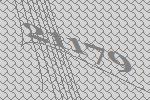
21179